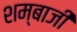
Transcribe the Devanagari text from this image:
शम्बाजी